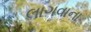
લાગવાના